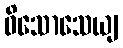
ဝိသောသေယျ